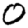
Digit: 0